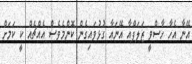
އޭނާ އެހާ ހާސްވީ ޒަލަފްއާ އޭނައާ ގުޅުވައިގެން ކޮންމެވެސް އެއްޗެއް ކީ ކަމަށް